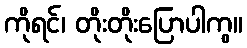
ကိုရင်၊ တိုးတိုးပြောပါကွ။